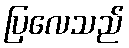
ပြလေသည်